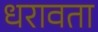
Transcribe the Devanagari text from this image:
धरावता